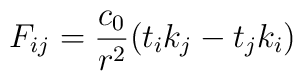
F_{ij}={{c_{0}}\over{r^{2}}} (t_{i}k_{j}-t_{j}k_{i})